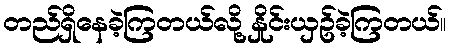
တည်ရှိနေခဲ့ကြတယ်လို့ နှိုင်းယှဥ်ခဲ့ကြတယ်။